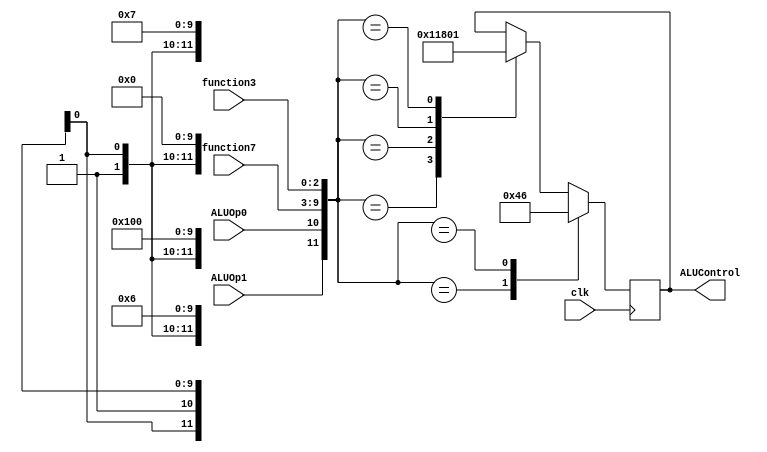

module ALUControl(ALUOp0, ALUOp1, function7, function3, ALUControl, clk) ;  

input ALUOp0, ALUOp1, clk ;
input [6:0] function7 ;
input [2:0] function3 ;
reg [4:0] out ;
output wire [4:0] ALUControl ;
assign ALUControl = out ;

always@(posedge clk)
begin
case({ALUOp1, ALUOp0,function7, function3})

	12'b00xxxxxxxxxx : // ld,sd
	 out = 4'b0010 ;

	12'bx1xxxxxxxxxx : // beq -> subtract to find equality 
	 out = 4'b0110 ;

	12'b1x0000000000 : // R-type -> add
	 out = 4'b0010 ;

	12'b1x0100000000 : // R-type -> subtract
	 out = 4'b0110 ;

	12'b1x0000000111 : // R-type -> and
	 out = 4'b0000 ;

	12'b1x0000000110 : // R-type -> or
	 out = 4'b0001 ;
	
	
endcase	


end
endmodule